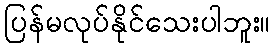
ပြန်မလုပ်နိုင်သေးပါဘူး။